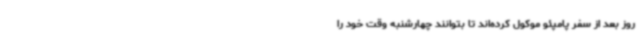
روز بعد از سفر پامپئو موکول کرده‌اند تا بتوانند چهارشنبه وقت خود را